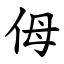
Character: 㑄